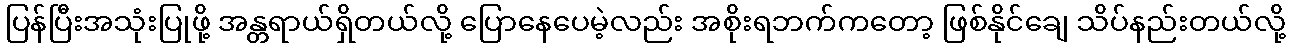
ပြန်ပြီးအသုံးပြုဖို့ အန္တရာယ်ရှိတယ်လို့ ပြောနေပေမဲ့လည်း အစိုးရဘက်ကတော့ ဖြစ်နိုင်ချေ သိပ်နည်းတယ်လို့